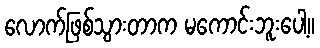
လောက်ဖြစ်သွားတာက မကောင်းဘူးပေါ့။